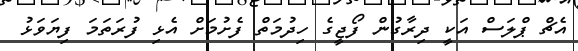
އެޗް ޕްލަސް އަކީ ދިރާގުން ފޯޖީގެ ހިދުމަތް ފެށުމަށް އެޅި ފުރަތަމަ ފިޔަވަޅު